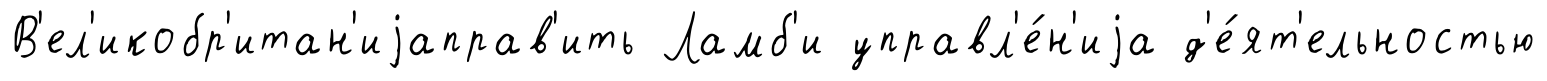
В'ел'икобр'итан'иjаправ'ить Ламб'и управл'е́н'иjа д'е́ят'ельностью